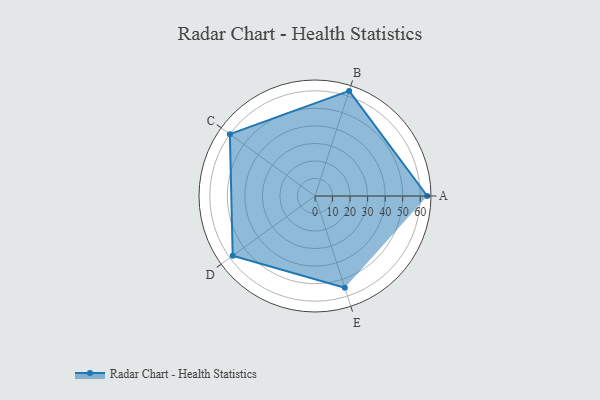
{"axis": {"x": "Skill", "y": "Score"}, "legend": ["Profile"], "data": [{"x": "A", "y": 64.0, "type": "Profile"}, {"x": "B", "y": 63.0, "type": "Profile"}, {"x": "C", "y": 60.0, "type": "Profile"}, {"x": "D", "y": 58.0, "type": "Profile"}, {"x": "E", "y": 55.0, "type": "Profile"}]}